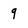
Character: 9